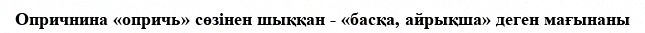
Опричнина «опричь» сөзінен шыққан - «басқа, айрықша» деген мағынаны